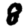
Digit: 8